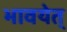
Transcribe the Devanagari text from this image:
भावयेत्‌